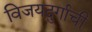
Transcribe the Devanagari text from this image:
विजयदुर्गाची